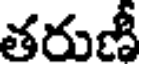
తరుణీ